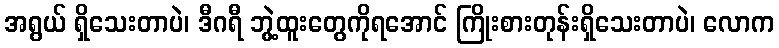
အရွယ် ရှိသေးတာပဲ၊ ဒီဂရီ ဘွဲ့ထူးတွေကိုရအောင် ကြိုးစားတုန်းရှိသေးတာပဲ၊ လောက